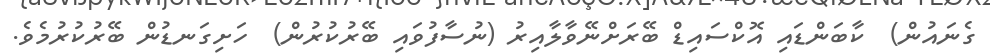
ގެނައުން)  ކާބަންޑައި އޮކްސައިޑް ބޭރަށްނޭވާލާއިރު (ނުސާފުވައި ބޭރުކުރުން)  ހަށިގަނޑުން ބޭރުކުރުމެވެ.